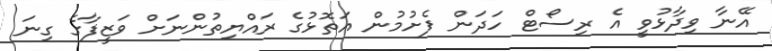
އޭނާ ވިދާޅުވީ އެ ރިސޯޓް ހަދަން ފެށުމުން އަތޮޅުގެ ރައްޔިތުންނަށް ވަޒީފާގެ ގިނަ